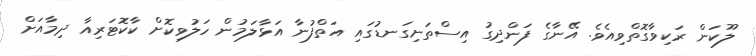
ލޫކަން ރަކިވާގޮތްވިއެވެ. އޭނާގެ ފަންދިގު އިސްތަށިގަނޑުގައި އަތްފުނާ އަޅާލަމުން ހަލުވިކޮށް ކާކޮޓަރިއާ ދިމާއަށް